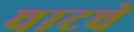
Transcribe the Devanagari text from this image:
चाटचे